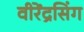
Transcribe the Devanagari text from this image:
वीरेंद्रसिंग